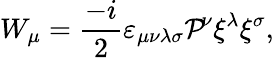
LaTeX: W_{\mu}=\frac{-i}{2}\varepsilon_{\mu\nu\lambda\sigma}{\cal P}{\! }^{\nu}\xi^{\lambda}\xi^{\sigma},